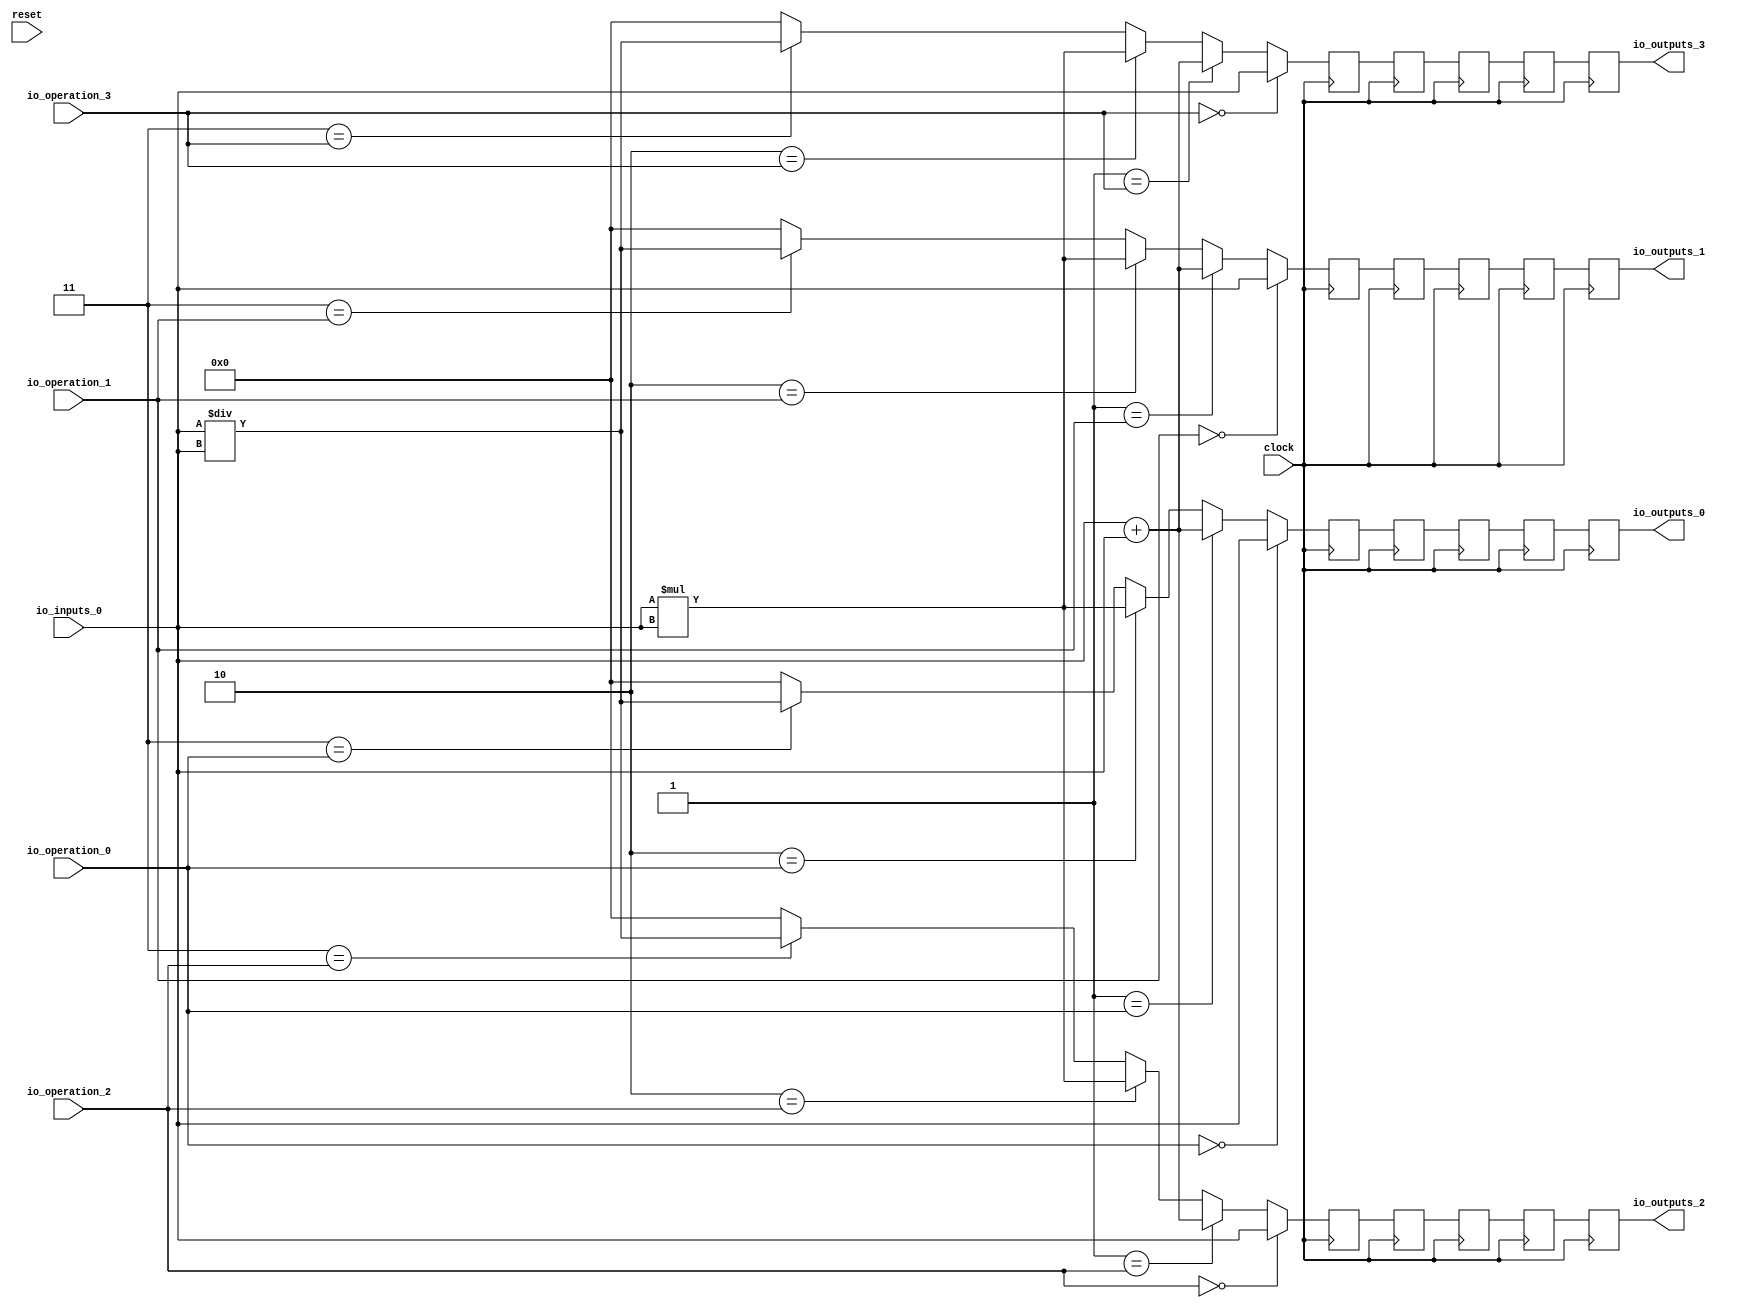
module MuxTest_width_256_inputs_1_outputs_4_pipeline_5( // @[:@3.2]
  input          clock, // @[:@4.4]
  input          reset, // @[:@5.4]
  input  [2:0]   io_operation_0, // @[:@6.4]
  input  [2:0]   io_operation_1, // @[:@6.4]
  input  [2:0]   io_operation_2, // @[:@6.4]
  input  [2:0]   io_operation_3, // @[:@6.4]
  input  [255:0] io_inputs_0, // @[:@6.4]
  output [255:0] io_outputs_0, // @[:@6.4]
  output [255:0] io_outputs_1, // @[:@6.4]
  output [255:0] io_outputs_2, // @[:@6.4]
  output [255:0] io_outputs_3 // @[:@6.4]
);
  wire [256:0] _T_244; // @[MuxTest_width_256_inputs_1_outputs_4_pipeline_5s.scala 32:53:@8.4]
  wire [255:0] _T_245; // @[MuxTest_width_256_inputs_1_outputs_4_pipeline_5s.scala 32:53:@9.4]
  wire [511:0] _T_247; // @[MuxTest_width_256_inputs_1_outputs_4_pipeline_5s.scala 33:58:@10.4]
  wire [255:0] _T_249; // @[MuxTest_width_256_inputs_1_outputs_4_pipeline_5s.scala 34:56:@11.4]
  wire  _T_250; // @[Mux.scala 46:19:@12.4]
  wire [255:0] _T_251; // @[Mux.scala 46:16:@13.4]
  wire  _T_252; // @[Mux.scala 46:19:@14.4]
  wire [511:0] _T_253; // @[Mux.scala 46:16:@15.4]
  wire  _T_254; // @[Mux.scala 46:19:@16.4]
  wire [511:0] _T_255; // @[Mux.scala 46:16:@17.4]
  wire  _T_256; // @[Mux.scala 46:19:@18.4]
  wire  _T_267; // @[Mux.scala 46:19:@24.4]
  wire [255:0] _T_268; // @[Mux.scala 46:16:@25.4]
  wire  _T_269; // @[Mux.scala 46:19:@26.4]
  wire [511:0] _T_270; // @[Mux.scala 46:16:@27.4]
  wire  _T_271; // @[Mux.scala 46:19:@28.4]
  wire [511:0] _T_272; // @[Mux.scala 46:16:@29.4]
  wire  _T_273; // @[Mux.scala 46:19:@30.4]
  wire  _T_284; // @[Mux.scala 46:19:@36.4]
  wire [255:0] _T_285; // @[Mux.scala 46:16:@37.4]
  wire  _T_286; // @[Mux.scala 46:19:@38.4]
  wire [511:0] _T_287; // @[Mux.scala 46:16:@39.4]
  wire  _T_288; // @[Mux.scala 46:19:@40.4]
  wire [511:0] _T_289; // @[Mux.scala 46:16:@41.4]
  wire  _T_290; // @[Mux.scala 46:19:@42.4]
  wire  _T_301; // @[Mux.scala 46:19:@48.4]
  wire [255:0] _T_302; // @[Mux.scala 46:16:@49.4]
  wire  _T_303; // @[Mux.scala 46:19:@50.4]
  wire [511:0] _T_304; // @[Mux.scala 46:16:@51.4]
  wire  _T_305; // @[Mux.scala 46:19:@52.4]
  wire [511:0] _T_306; // @[Mux.scala 46:16:@53.4]
  wire  _T_307; // @[Mux.scala 46:19:@54.4]
  reg [511:0] _T_311; // @[Reg.scala 11:16:@56.4]
  reg [511:0] _RAND_0;
  reg [511:0] _T_313; // @[Reg.scala 11:16:@60.4]
  reg [511:0] _RAND_1;
  reg [511:0] _T_315; // @[Reg.scala 11:16:@64.4]
  reg [511:0] _RAND_2;
  reg [511:0] _T_317; // @[Reg.scala 11:16:@68.4]
  reg [511:0] _RAND_3;
  reg [511:0] _T_319; // @[Reg.scala 11:16:@72.4]
  reg [511:0] _RAND_4;
  reg [511:0] _T_322; // @[Reg.scala 11:16:@76.4]
  reg [511:0] _RAND_5;
  reg [511:0] _T_324; // @[Reg.scala 11:16:@80.4]
  reg [511:0] _RAND_6;
  reg [511:0] _T_326; // @[Reg.scala 11:16:@84.4]
  reg [511:0] _RAND_7;
  reg [511:0] _T_328; // @[Reg.scala 11:16:@88.4]
  reg [511:0] _RAND_8;
  reg [511:0] _T_330; // @[Reg.scala 11:16:@92.4]
  reg [511:0] _RAND_9;
  reg [511:0] _T_333; // @[Reg.scala 11:16:@96.4]
  reg [511:0] _RAND_10;
  reg [511:0] _T_335; // @[Reg.scala 11:16:@100.4]
  reg [511:0] _RAND_11;
  reg [511:0] _T_337; // @[Reg.scala 11:16:@104.4]
  reg [511:0] _RAND_12;
  reg [511:0] _T_339; // @[Reg.scala 11:16:@108.4]
  reg [511:0] _RAND_13;
  reg [511:0] _T_341; // @[Reg.scala 11:16:@112.4]
  reg [511:0] _RAND_14;
  reg [511:0] _T_344; // @[Reg.scala 11:16:@116.4]
  reg [511:0] _RAND_15;
  reg [511:0] _T_346; // @[Reg.scala 11:16:@120.4]
  reg [511:0] _RAND_16;
  reg [511:0] _T_348; // @[Reg.scala 11:16:@124.4]
  reg [511:0] _RAND_17;
  reg [511:0] _T_350; // @[Reg.scala 11:16:@128.4]
  reg [511:0] _RAND_18;
  reg [511:0] _T_352; // @[Reg.scala 11:16:@132.4]
  reg [511:0] _RAND_19;
  assign _T_244 = io_inputs_0 + io_inputs_0; // @[MuxTest_width_256_inputs_1_outputs_4_pipeline_5s.scala 32:53:@8.4]
  assign _T_245 = io_inputs_0 + io_inputs_0; // @[MuxTest_width_256_inputs_1_outputs_4_pipeline_5s.scala 32:53:@9.4]
  assign _T_247 = io_inputs_0 * io_inputs_0; // @[MuxTest_width_256_inputs_1_outputs_4_pipeline_5s.scala 33:58:@10.4]
  assign _T_249 = io_inputs_0 / io_inputs_0; // @[MuxTest_width_256_inputs_1_outputs_4_pipeline_5s.scala 34:56:@11.4]
  assign _T_250 = 3'h3 == io_operation_0; // @[Mux.scala 46:19:@12.4]
  assign _T_251 = _T_250 ? _T_249 : 256'h0; // @[Mux.scala 46:16:@13.4]
  assign _T_252 = 3'h2 == io_operation_0; // @[Mux.scala 46:19:@14.4]
  assign _T_253 = _T_252 ? _T_247 : {{256'd0}, _T_251}; // @[Mux.scala 46:16:@15.4]
  assign _T_254 = 3'h1 == io_operation_0; // @[Mux.scala 46:19:@16.4]
  assign _T_255 = _T_254 ? {{256'd0}, _T_245} : _T_253; // @[Mux.scala 46:16:@17.4]
  assign _T_256 = 3'h0 == io_operation_0; // @[Mux.scala 46:19:@18.4]
  assign _T_267 = 3'h3 == io_operation_1; // @[Mux.scala 46:19:@24.4]
  assign _T_268 = _T_267 ? _T_249 : 256'h0; // @[Mux.scala 46:16:@25.4]
  assign _T_269 = 3'h2 == io_operation_1; // @[Mux.scala 46:19:@26.4]
  assign _T_270 = _T_269 ? _T_247 : {{256'd0}, _T_268}; // @[Mux.scala 46:16:@27.4]
  assign _T_271 = 3'h1 == io_operation_1; // @[Mux.scala 46:19:@28.4]
  assign _T_272 = _T_271 ? {{256'd0}, _T_245} : _T_270; // @[Mux.scala 46:16:@29.4]
  assign _T_273 = 3'h0 == io_operation_1; // @[Mux.scala 46:19:@30.4]
  assign _T_284 = 3'h3 == io_operation_2; // @[Mux.scala 46:19:@36.4]
  assign _T_285 = _T_284 ? _T_249 : 256'h0; // @[Mux.scala 46:16:@37.4]
  assign _T_286 = 3'h2 == io_operation_2; // @[Mux.scala 46:19:@38.4]
  assign _T_287 = _T_286 ? _T_247 : {{256'd0}, _T_285}; // @[Mux.scala 46:16:@39.4]
  assign _T_288 = 3'h1 == io_operation_2; // @[Mux.scala 46:19:@40.4]
  assign _T_289 = _T_288 ? {{256'd0}, _T_245} : _T_287; // @[Mux.scala 46:16:@41.4]
  assign _T_290 = 3'h0 == io_operation_2; // @[Mux.scala 46:19:@42.4]
  assign _T_301 = 3'h3 == io_operation_3; // @[Mux.scala 46:19:@48.4]
  assign _T_302 = _T_301 ? _T_249 : 256'h0; // @[Mux.scala 46:16:@49.4]
  assign _T_303 = 3'h2 == io_operation_3; // @[Mux.scala 46:19:@50.4]
  assign _T_304 = _T_303 ? _T_247 : {{256'd0}, _T_302}; // @[Mux.scala 46:16:@51.4]
  assign _T_305 = 3'h1 == io_operation_3; // @[Mux.scala 46:19:@52.4]
  assign _T_306 = _T_305 ? {{256'd0}, _T_245} : _T_304; // @[Mux.scala 46:16:@53.4]
  assign _T_307 = 3'h0 == io_operation_3; // @[Mux.scala 46:19:@54.4]
  assign io_outputs_0 = _T_319[255:0]; // @[MuxTest_width_256_inputs_1_outputs_4_pipeline_5s.scala 23:14:@136.4]
  assign io_outputs_1 = _T_330[255:0]; // @[MuxTest_width_256_inputs_1_outputs_4_pipeline_5s.scala 23:14:@137.4]
  assign io_outputs_2 = _T_341[255:0]; // @[MuxTest_width_256_inputs_1_outputs_4_pipeline_5s.scala 23:14:@138.4]
  assign io_outputs_3 = _T_352[255:0]; // @[MuxTest_width_256_inputs_1_outputs_4_pipeline_5s.scala 23:14:@139.4]
`ifdef RANDOMIZE_GARBAGE_ASSIGN
`define RANDOMIZE
`endif
`ifdef RANDOMIZE_INVALID_ASSIGN
`define RANDOMIZE
`endif
`ifdef RANDOMIZE_REG_INIT
`define RANDOMIZE
`endif
`ifdef RANDOMIZE_MEM_INIT
`define RANDOMIZE
`endif
`ifndef RANDOM
`define RANDOM $random
`endif
`ifdef RANDOMIZE
  integer initvar;
  initial begin
    `ifdef INIT_RANDOM
      `INIT_RANDOM
    `endif
    `ifndef VERILATOR
      #0.002 begin end
    `endif
  `ifdef RANDOMIZE_REG_INIT
  _RAND_0 = {16{`RANDOM}};
  _T_311 = _RAND_0[511:0];
  `endif // RANDOMIZE_REG_INIT
  `ifdef RANDOMIZE_REG_INIT
  _RAND_1 = {16{`RANDOM}};
  _T_313 = _RAND_1[511:0];
  `endif // RANDOMIZE_REG_INIT
  `ifdef RANDOMIZE_REG_INIT
  _RAND_2 = {16{`RANDOM}};
  _T_315 = _RAND_2[511:0];
  `endif // RANDOMIZE_REG_INIT
  `ifdef RANDOMIZE_REG_INIT
  _RAND_3 = {16{`RANDOM}};
  _T_317 = _RAND_3[511:0];
  `endif // RANDOMIZE_REG_INIT
  `ifdef RANDOMIZE_REG_INIT
  _RAND_4 = {16{`RANDOM}};
  _T_319 = _RAND_4[511:0];
  `endif // RANDOMIZE_REG_INIT
  `ifdef RANDOMIZE_REG_INIT
  _RAND_5 = {16{`RANDOM}};
  _T_322 = _RAND_5[511:0];
  `endif // RANDOMIZE_REG_INIT
  `ifdef RANDOMIZE_REG_INIT
  _RAND_6 = {16{`RANDOM}};
  _T_324 = _RAND_6[511:0];
  `endif // RANDOMIZE_REG_INIT
  `ifdef RANDOMIZE_REG_INIT
  _RAND_7 = {16{`RANDOM}};
  _T_326 = _RAND_7[511:0];
  `endif // RANDOMIZE_REG_INIT
  `ifdef RANDOMIZE_REG_INIT
  _RAND_8 = {16{`RANDOM}};
  _T_328 = _RAND_8[511:0];
  `endif // RANDOMIZE_REG_INIT
  `ifdef RANDOMIZE_REG_INIT
  _RAND_9 = {16{`RANDOM}};
  _T_330 = _RAND_9[511:0];
  `endif // RANDOMIZE_REG_INIT
  `ifdef RANDOMIZE_REG_INIT
  _RAND_10 = {16{`RANDOM}};
  _T_333 = _RAND_10[511:0];
  `endif // RANDOMIZE_REG_INIT
  `ifdef RANDOMIZE_REG_INIT
  _RAND_11 = {16{`RANDOM}};
  _T_335 = _RAND_11[511:0];
  `endif // RANDOMIZE_REG_INIT
  `ifdef RANDOMIZE_REG_INIT
  _RAND_12 = {16{`RANDOM}};
  _T_337 = _RAND_12[511:0];
  `endif // RANDOMIZE_REG_INIT
  `ifdef RANDOMIZE_REG_INIT
  _RAND_13 = {16{`RANDOM}};
  _T_339 = _RAND_13[511:0];
  `endif // RANDOMIZE_REG_INIT
  `ifdef RANDOMIZE_REG_INIT
  _RAND_14 = {16{`RANDOM}};
  _T_341 = _RAND_14[511:0];
  `endif // RANDOMIZE_REG_INIT
  `ifdef RANDOMIZE_REG_INIT
  _RAND_15 = {16{`RANDOM}};
  _T_344 = _RAND_15[511:0];
  `endif // RANDOMIZE_REG_INIT
  `ifdef RANDOMIZE_REG_INIT
  _RAND_16 = {16{`RANDOM}};
  _T_346 = _RAND_16[511:0];
  `endif // RANDOMIZE_REG_INIT
  `ifdef RANDOMIZE_REG_INIT
  _RAND_17 = {16{`RANDOM}};
  _T_348 = _RAND_17[511:0];
  `endif // RANDOMIZE_REG_INIT
  `ifdef RANDOMIZE_REG_INIT
  _RAND_18 = {16{`RANDOM}};
  _T_350 = _RAND_18[511:0];
  `endif // RANDOMIZE_REG_INIT
  `ifdef RANDOMIZE_REG_INIT
  _RAND_19 = {16{`RANDOM}};
  _T_352 = _RAND_19[511:0];
  `endif // RANDOMIZE_REG_INIT
  end
`endif // RANDOMIZE
  always @(posedge clock) begin
    if (_T_256) begin
      _T_311 <= {{256'd0}, io_inputs_0};
    end else begin
      _T_311 <= _T_255;
    end
    _T_313 <= _T_311;
    _T_315 <= _T_313;
    _T_317 <= _T_315;
    _T_319 <= _T_317;
    if (_T_273) begin
      _T_322 <= {{256'd0}, io_inputs_0};
    end else begin
      _T_322 <= _T_272;
    end
    _T_324 <= _T_322;
    _T_326 <= _T_324;
    _T_328 <= _T_326;
    _T_330 <= _T_328;
    if (_T_290) begin
      _T_333 <= {{256'd0}, io_inputs_0};
    end else begin
      _T_333 <= _T_289;
    end
    _T_335 <= _T_333;
    _T_337 <= _T_335;
    _T_339 <= _T_337;
    _T_341 <= _T_339;
    if (_T_307) begin
      _T_344 <= {{256'd0}, io_inputs_0};
    end else begin
      _T_344 <= _T_306;
    end
    _T_346 <= _T_344;
    _T_348 <= _T_346;
    _T_350 <= _T_348;
    _T_352 <= _T_350;
  end
endmodule